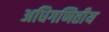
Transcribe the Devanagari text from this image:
अधिगणितीय